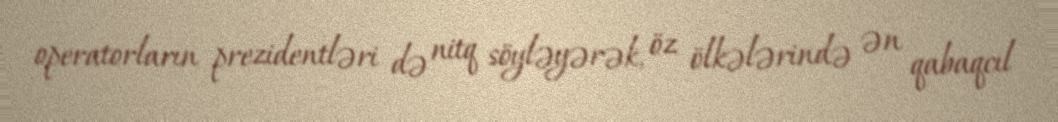
operatorların prezidentləri də nitq söyləyərək, öz ölkələrində ən qabaqcıl